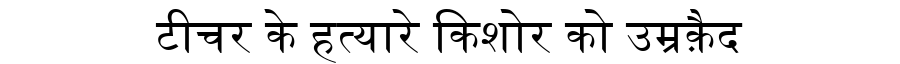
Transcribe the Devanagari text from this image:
टीचर के हत्यारे किशोर को उम्रक़ैद